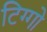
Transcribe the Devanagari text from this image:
टिग्गो